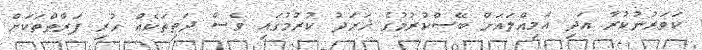
ކަވަރުނުކުރާ އަދި އަމިއްލައަށް ބޭސްކުރުމުގެ ޚަރަދު ކުރުމުގައި ވެސް ދަތިތަކެއް ހުރި ފަރާތްތަކަށް